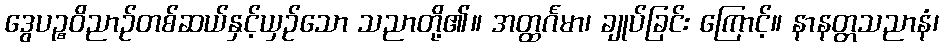
ဒွေပဉ္စဝိညာဉ်တစ်ဆယ်နှင့်ယှဉ်သော သညာတို့၏။ အတ္ထင်္ဂမာ၊ ချုပ်ခြင်း ကြောင့်။ နာနတ္တသညာနံ၊